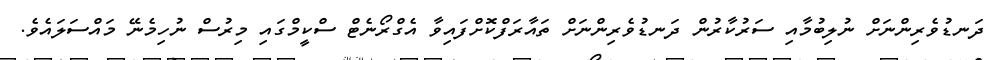
ދަނޑުވެރިންނަށް ނުލިބުމާއި ސަރުކާރުން ދަނޑުވެރިންނަށް ތައާރަފްކޮށްފައިވާ އެގްރޯނެޓް ސްކީމްގައި މިރުސް ނުހިމެނޭ މައްސަލައެވެ.